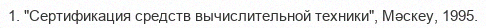
1. "Сертификация средств вычислительной техники", Мәскеу, 1995.